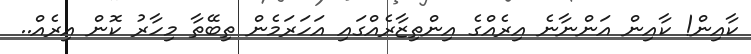
ކާއިން! ކާއިން އަންނާނެ އިރެއްގެ އިންތިޒާރެއްގައި އަހަރަމެން ތިބޭތާ މިހާރު ކޮން އިރެއް..